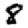
Digit: 8